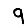
Digit: 9